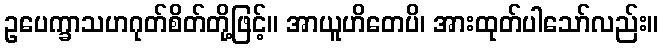
ဥပေက္ခာသဟဂုတ်စိတ်တို့ဖြင့်။ အာယူဟိတေပိ၊ အားထုတ်ပါသော်လည်း။